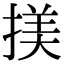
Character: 𢱒